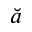
\breve { a }